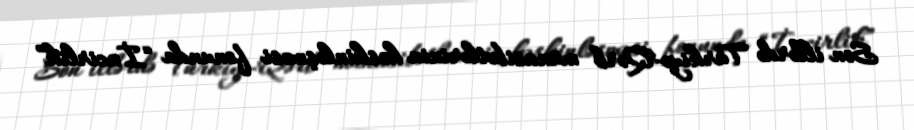
Son illərdə Türkiyə-Qərb münasibətlərinin kəskinləşməsi fonunda “İncirlik”